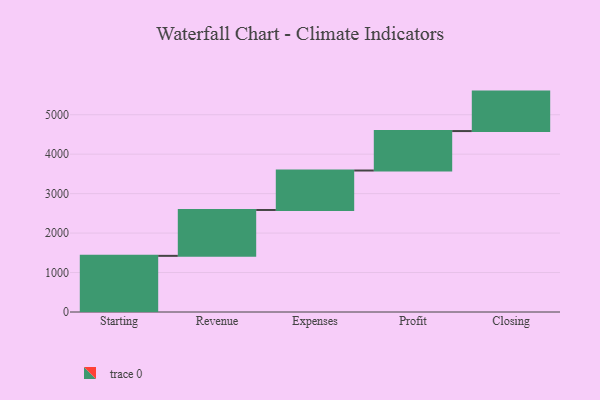
{"axis": {"x": "Step", "y": "Value"}, "legend": [""], "data": [{"x": "Starting", "y": 1423.0, "type": ""}, {"x": "Revenue", "y": 1163.0, "type": ""}, {"x": "Expenses", "y": 1000, "type": ""}, {"x": "Profit", "y": 1000, "type": ""}, {"x": "Closing", "y": 1000, "type": ""}]}